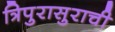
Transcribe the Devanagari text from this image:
त्रिपुरासुराची